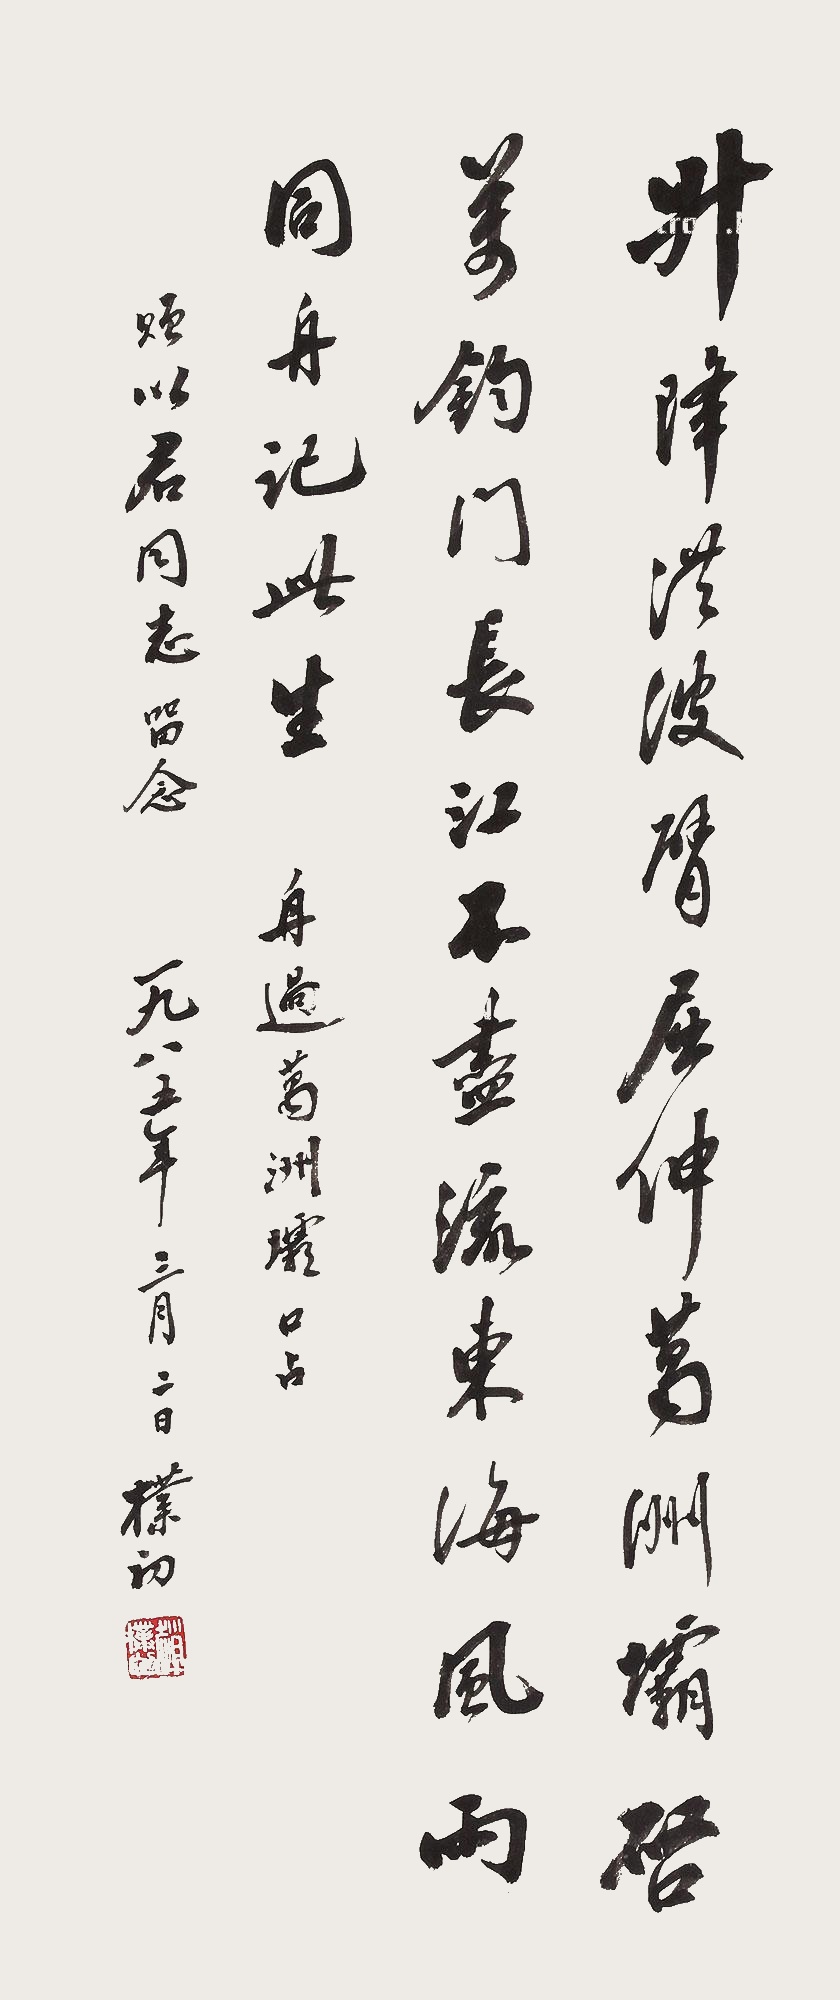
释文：升降洪波臂屈伸，葛洲坝启万钧门。长江不尽流东海，风雨同舟记此生。舟过葛洲坝口占。赠以君同志留念。一九八五年三月二日，朴初。